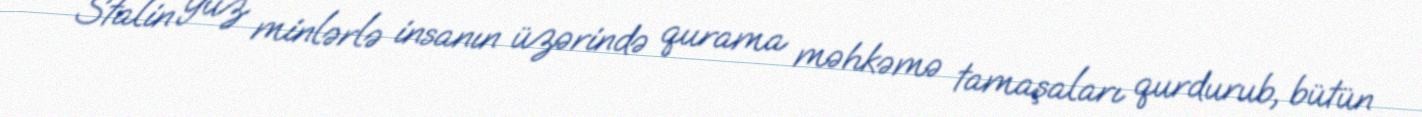
Stalin yüz minlərlə insanın üzərində qurama məhkəmə tamaşaları qurdurub, bütün